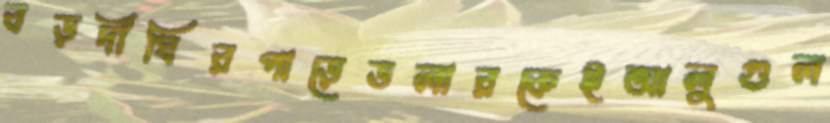
বড়দীঘিরপাড়েডলারকেইআলুগুল